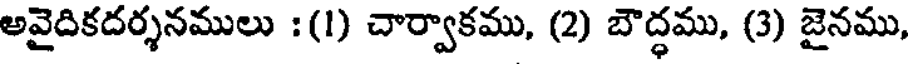
అవైదికదర్శనములు : (1) చార్వాకము, (2) బౌద్ధము, (3) జైనము,